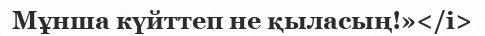
Мұнша күйттеп не қыласың!»</i>